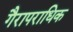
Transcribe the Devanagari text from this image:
गैरापराधिक